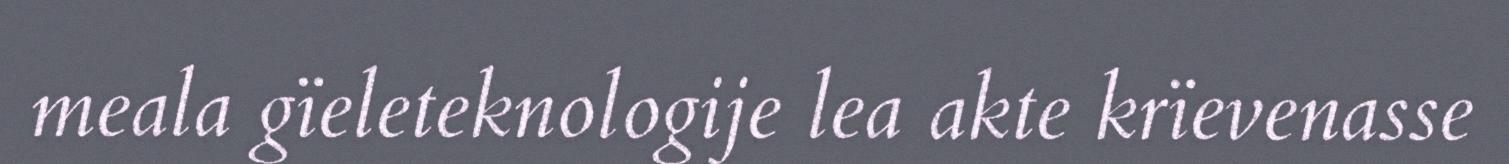
meala gïeleteknologije lea akte krïevenasse